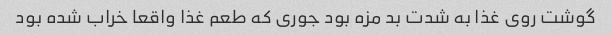
گوشت روی غذا به شدت بد مزه بود جوری که طعم غذا واقعا خراب شده بود